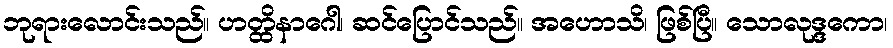
ဘုရားလောင်းသည်။ ဟတ္ထိနာဂေါ၊ ဆင်ပြောင်သည်။ အဟောသိ၊ ဖြစ်ပြီ။ သောလုဒ္ဒကော၊